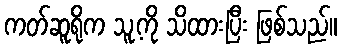
ကတ်ဆူရိုက သူ့ကို သိထားပြီး ဖြစ်သည်။